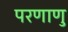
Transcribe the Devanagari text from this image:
परणाणु